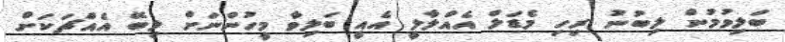
ބަލިވުމުން ލިބުނު ރިހި މެޑަލް އެއްލާލީ އެއީ ބަލިވާ މީހުންނަށް ލިބޭ އެއްޗަކަށް